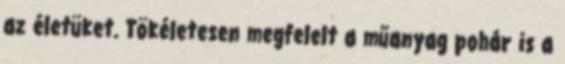
az életüket. Tökéletesen megfelelt a műanyag pohár is a